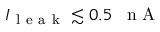
I _ { \mathrm { ~ l ~ e ~ a ~ k ~ } } \lesssim 0 . 5 \mathrm { ~ \, ~ n ~ A ~ }